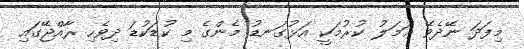
މިފަދަ ނޭދެވޭ ޢަމަލު ކުރުމަކީ އަޅުގަނޑު މެންގެ މި ކުޑަކުޑަ ދިވެހި ރާއްޖޭގައި